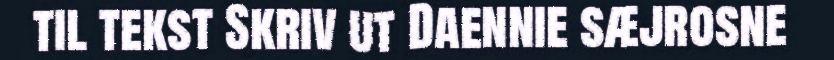
til tekst Skriv ut Daennie sæjrosne